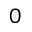
^ { 0 }